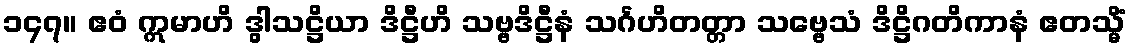
၁၄၇။ ဧဝံ ဣမာဟိ ဒွါသဋ္ဌိယာ ဒိဋ္ဌီဟိ သဗ္ဗဒိဋ္ဌီနံ သင်္ဂဟိတတ္တာ သဗ္ဗေသံ ဒိဋ္ဌိဂတိကာနံ ဧတသ္မိံ